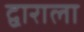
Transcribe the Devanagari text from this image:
द्वाराला